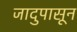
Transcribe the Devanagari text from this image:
जादुपासून